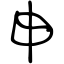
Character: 申